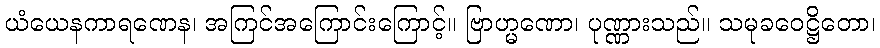
ယံယေနကာရဏေန၊ အကြင်အကြောင်းကြောင့်။ ဗြာဟ္မဏော၊ ပုဏ္ဏားသည်။ သမုခဝေဋ္ဌိတော၊